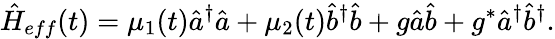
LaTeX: {\hat{H}}_{eff}(t)=\mu_{1}(t){\hat{a}}^{\dagger}{\hat{a}}+\mu_{2}(t){\hat{b}}^{\dagger}{\hat{b}}+g{\hat{a}}{\hat{b}}+g^{*}{\hat{a}}^{\dagger}{\hat{b}}^{\dagger}.